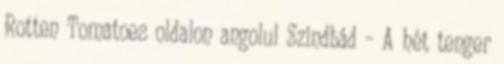
Rotten Tomatoes oldalon angolul Szindbád – A hét tenger